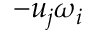
- u _ { j } \omega _ { i }